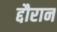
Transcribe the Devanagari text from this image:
द्दौरान